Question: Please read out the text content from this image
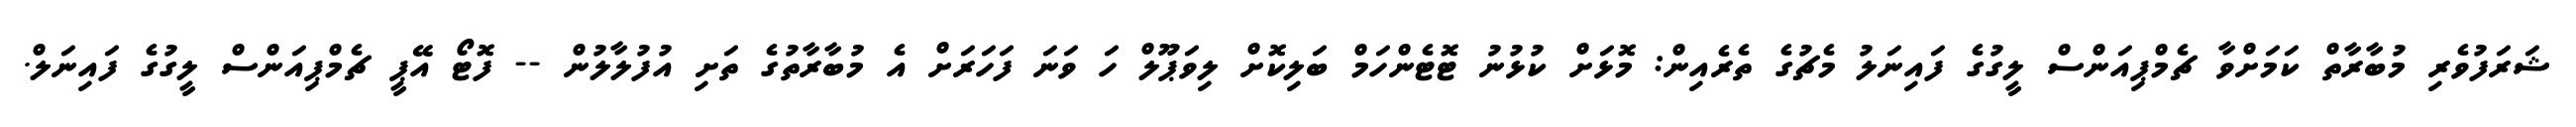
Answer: ޝަރަފުވެރި މުބާރާތް ކަމަށްވާ ޗެމްޕިއަންސް ލީގުގެ ފައިނަލު މެޗުގެ ތެރެއިން: މޮޅަށް ކުޅުނު ޓޮޓެންހަމް ބަލިކޮށް ލިވަޕޫލް ހަ ވަނަ ފަހަރަށް އެ މުބާރާތުގެ ތަށި އުފުލާލުން -- ފޮޓޯ އޭޕީ ޗެމްޕިއަންސް ލީގުގެ ފައިނަލް.